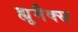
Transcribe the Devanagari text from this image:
ह्यूमैक्स